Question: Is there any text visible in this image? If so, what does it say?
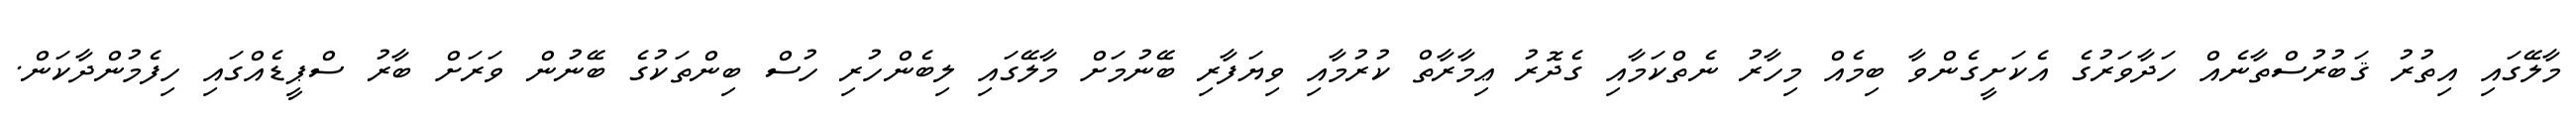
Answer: މާލޭގައި އިތުރު ޤަބުރުސްތާނެއް ހަދާވަރުގެ އެކަށީގެންވާ ބިމެއް މިހާރު ނެތްކަމާއި ގެދޮރު ޢިމާރާތް ކުރުމާއި ވިޔަފާރި ބޭނުމަށް މާލޭގައި ލިބެންހުރި ހުސް ބިންތަކުގެ ބޭނުން ވަރަށް ބާރު ސްޕީޑެއްގައި ހިފެމުންދާކަން.